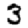
Digit: 3